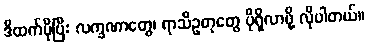
ဒီထက်ပိုပြီး လက္ခဏာတွေ၊ ရာသီဥတုတွေ ပိုရှိလာဖို့ လိုပါတယ်။